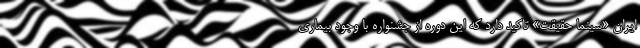
ایران «سینما حقیقت» تاکید دارد که این دوره از جشنواره با وجود بیماری